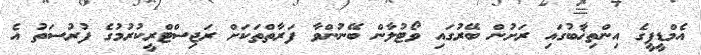
އެމްޑީޕީގެ އިންތިޚާބުގައި ރަށުން ބޭރުގައި ވޯޓުލާން ބޭނުންވާ ފަރާތްތަކަށް ރަޖިސްޓްރީކުރުމުގެ ފުރުސަތު އެ